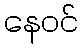
နေဝင်